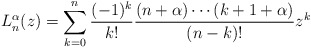
\begin{align*} L_{n}^{\alpha }(z) =\sum_{k=0}^{n}\frac{(-1) ^{k}}{k! }\frac{( n+\alpha ) \cdots ( k+1+\alpha ) }{( n-k) !}z^{k} \end{align*}